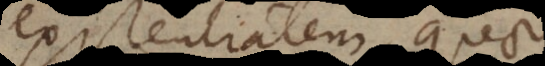
existentialem, quae